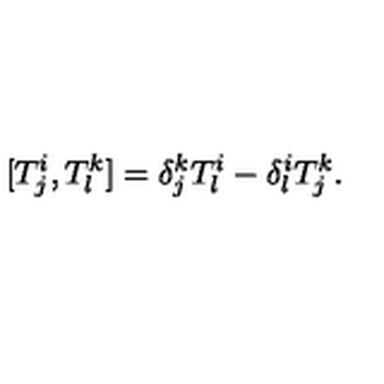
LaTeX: [ T _ { j } ^ { i } , T _ { l } ^ { k } ] = \delta _ { j } ^ { k } T _ { l } ^ { i } - \delta _ { l } ^ { i } T _ { j } ^ { k } .